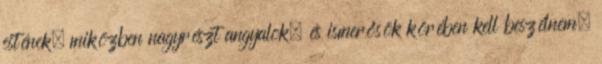
estének, miközben nagyrészt angyalok, és ismerősök körében kell beszélnem.